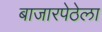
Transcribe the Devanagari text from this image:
बाजारपेठेला